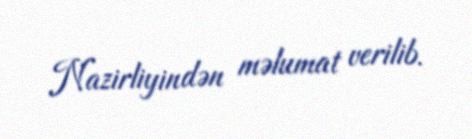
Nazirliyindən məlumat verilib.